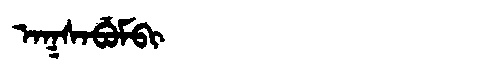
Manchu: ᠠᡴᠰᠠᠪᡠᠮᠪᡳ
Romanization: AKSABUMBI